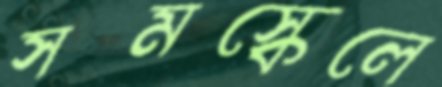
সমস্কেলে